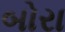
બોરા